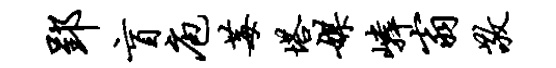
郢盲庖莓塔媒嶙翁敬